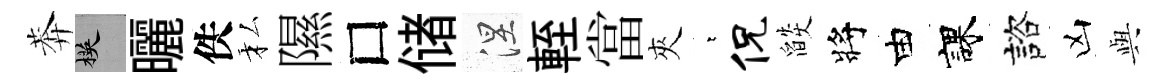
莾楧曬佚私隰□储涅輊當夾萋侃燄將由課諮凶𫤰